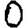
Digit: 0